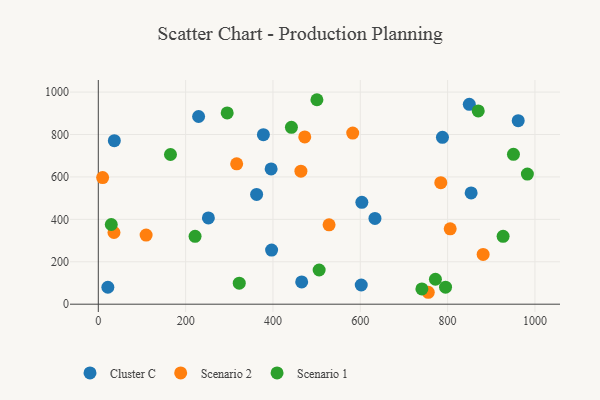
{"axis": {"x": "Price", "y": "Sales"}, "legend": ["Cluster C", "Scenario 1", "Scenario 2"], "data": [{"x": "396.9", "y": 255.2, "type": "Cluster C"}, {"x": "465.8", "y": 104.8, "type": "Cluster C"}, {"x": "849.7", "y": 942.3, "type": "Cluster C"}, {"x": "961.7", "y": 865.2, "type": "Cluster C"}, {"x": "788.2", "y": 786.8, "type": "Cluster C"}, {"x": "633.6", "y": 404.3, "type": "Cluster C"}, {"x": "378.1", "y": 799.3, "type": "Cluster C"}, {"x": "252.1", "y": 406.6, "type": "Cluster C"}, {"x": "36.7", "y": 770.9, "type": "Cluster C"}, {"x": "229.7", "y": 884.9, "type": "Cluster C"}, {"x": "362.6", "y": 517.5, "type": "Cluster C"}, {"x": "602.2", "y": 90.6, "type": "Cluster C"}, {"x": "853.9", "y": 524.6, "type": "Cluster C"}, {"x": "395.8", "y": 637.9, "type": "Cluster C"}, {"x": "603.6", "y": 480.2, "type": "Cluster C"}, {"x": "21.9", "y": 80.0, "type": "Cluster C"}, {"x": "109.5", "y": 325.7, "type": "Scenario 2"}, {"x": "9.9", "y": 596.7, "type": "Scenario 2"}, {"x": "35.9", "y": 338.1, "type": "Scenario 2"}, {"x": "805.9", "y": 355.5, "type": "Scenario 2"}, {"x": "464.0", "y": 627.2, "type": "Scenario 2"}, {"x": "582.7", "y": 806.7, "type": "Scenario 2"}, {"x": "472.8", "y": 788.4, "type": "Scenario 2"}, {"x": "881.4", "y": 234.7, "type": "Scenario 2"}, {"x": "784.4", "y": 572.7, "type": "Scenario 2"}, {"x": "755.7", "y": 56.2, "type": "Scenario 2"}, {"x": "528.5", "y": 374.1, "type": "Scenario 2"}, {"x": "316.9", "y": 661.9, "type": "Scenario 2"}, {"x": "772.1", "y": 117.5, "type": "Scenario 1"}, {"x": "221.6", "y": 319.9, "type": "Scenario 1"}, {"x": "950.8", "y": 706.6, "type": "Scenario 1"}, {"x": "505.8", "y": 161.3, "type": "Scenario 1"}, {"x": "982.7", "y": 613.4, "type": "Scenario 1"}, {"x": "500.7", "y": 963.9, "type": "Scenario 1"}, {"x": "741.1", "y": 72.1, "type": "Scenario 1"}, {"x": "870.2", "y": 911.3, "type": "Scenario 1"}, {"x": "927.1", "y": 320.1, "type": "Scenario 1"}, {"x": "322.8", "y": 98.9, "type": "Scenario 1"}, {"x": "795.3", "y": 80.4, "type": "Scenario 1"}, {"x": "442.3", "y": 833.6, "type": "Scenario 1"}, {"x": "165.3", "y": 705.8, "type": "Scenario 1"}, {"x": "29.7", "y": 375.8, "type": "Scenario 1"}, {"x": "295.2", "y": 901.6, "type": "Scenario 1"}]}